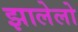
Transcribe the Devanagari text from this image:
झालेलो